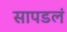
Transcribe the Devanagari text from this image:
सापडलं